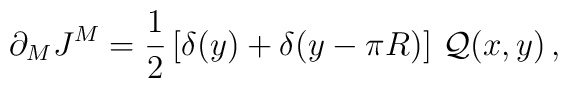
\partial_M J^M=\frac{1}{2}\left[\delta(y)+\delta(y-\pi R)\right]\,{\cal Q}(x,y)\, ,